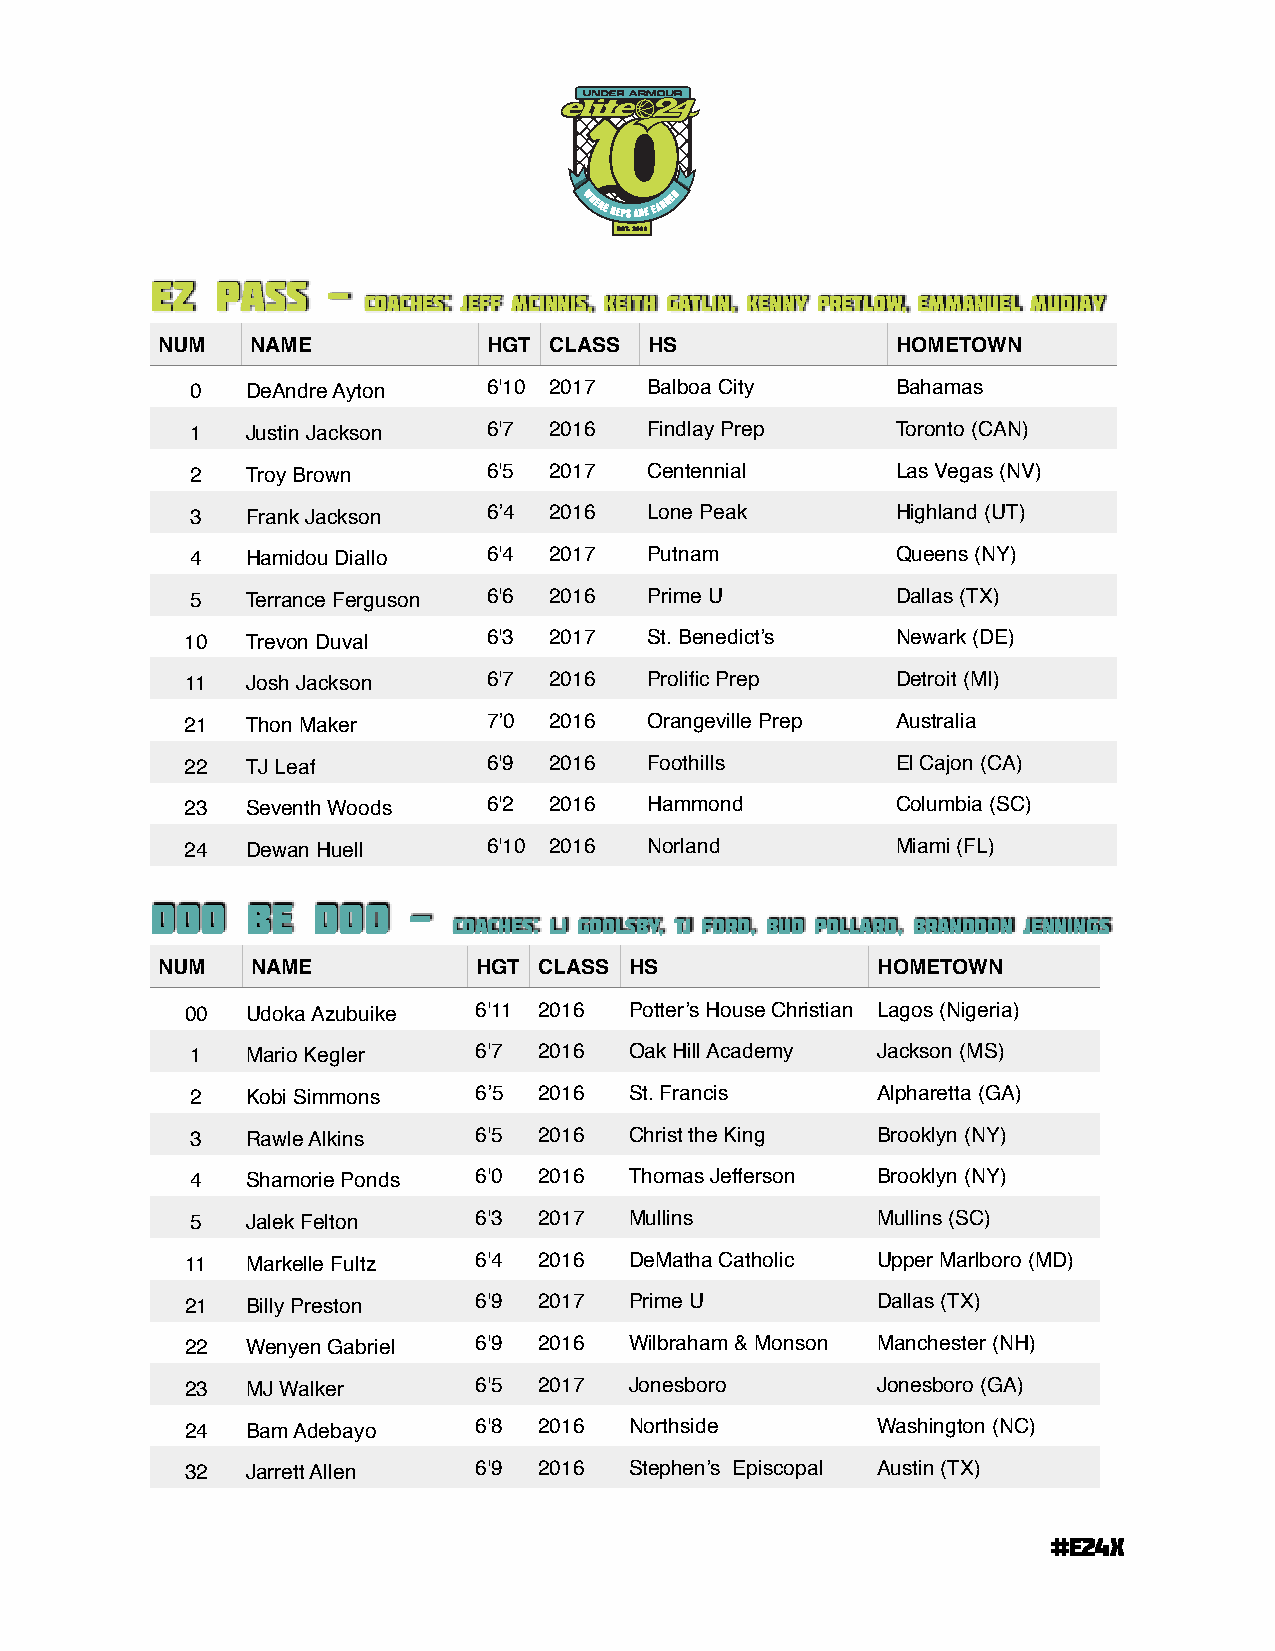
WHERE
 REPS ARE
 EARNED

 EST. 2006
 EZ  Pass    -
 COACHes: JEFF MCINNIS, Keith Gatlin, Kenny pretlow, EMMANUEL MUDIAY
 NUM    NAME           HGT CLASS  HS              HOMETOWN
 0  DeAndre Ayton   6'10 2017  Balboa City     Bahamas
 1  Justin Jackson  6'7 2016   Findlay Prep    Toronto (CAN)
 2  Troy Brown      6'5 2017   Centennial      Las Vegas (NV)
 3  Frank Jackson   6’4 2016   Lone Peak       Highland (UT)
 4  Hamidou Diallo  6'4 2017   Putnam          Queens (NY)
 5  Terrance Ferguson 6'6 2016 Prime U         Dallas (TX)
 10  Trevon Duval    6'3 2017   St. Benedict’s  Newark (DE)
 11  Josh Jackson    6'7 2016   Prolific Prep   Detroit (MI)
 21  Thon Maker      7’0 2016   Orangeville Prep Australia
 22  TJ Leaf         6'9 2016   Foothills       El Cajon (CA)
 23  Seventh Woods   6'2 2016   Hammond         Columbia (SC)
 24  Dewan Huell     6'10 2016  Norland         Miami (FL)
 Doo   Be   Doo   -
 Coaches: LJ Goolsby, TJ Ford, Bud pollard, Branddon Jennings
 NUM    NAME          HGT  CLASS HS              HOMETOWN
 00  Udoka Azubuike 6'11 2016  Potter’s House Christian Lagos (Nigeria)
 1  Mario Kegler   6'7  2016  Oak Hill Academy Jackson (MS)
 2  Kobi Simmons   6’5  2016  St. Francis     Alpharetta (GA)
 3  Rawle Alkins   6'5  2016  Christ the King Brooklyn (NY)
 4  Shamorie Ponds 6'0  2016  Thomas Jefferson Brooklyn (NY)
 5  Jalek Felton   6'3  2017  Mullins         Mullins (SC)
 11  Markelle Fultz 6'4  2016  DeMatha Catholic Upper Marlboro (MD)
 21  Billy Preston  6'9  2017  Prime U         Dallas (TX)
 22  Wenyen Gabriel 6'9  2016  Wilbraham & Monson Manchester (NH)
 23  MJ Walker      6'5  2017  Jonesboro       Jonesboro (GA)
 24  Bam Adebayo    6'8  2016  Northside       Washington (NC)
 32  Jarrett Allen  6'9  2016  Stephen’s Episcopal Austin (TX)
 #E24X